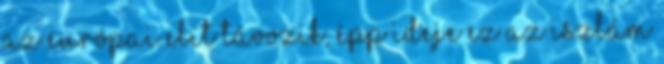
Az európai elit távozik, épp ideje Ez az iszlám